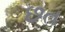
છત